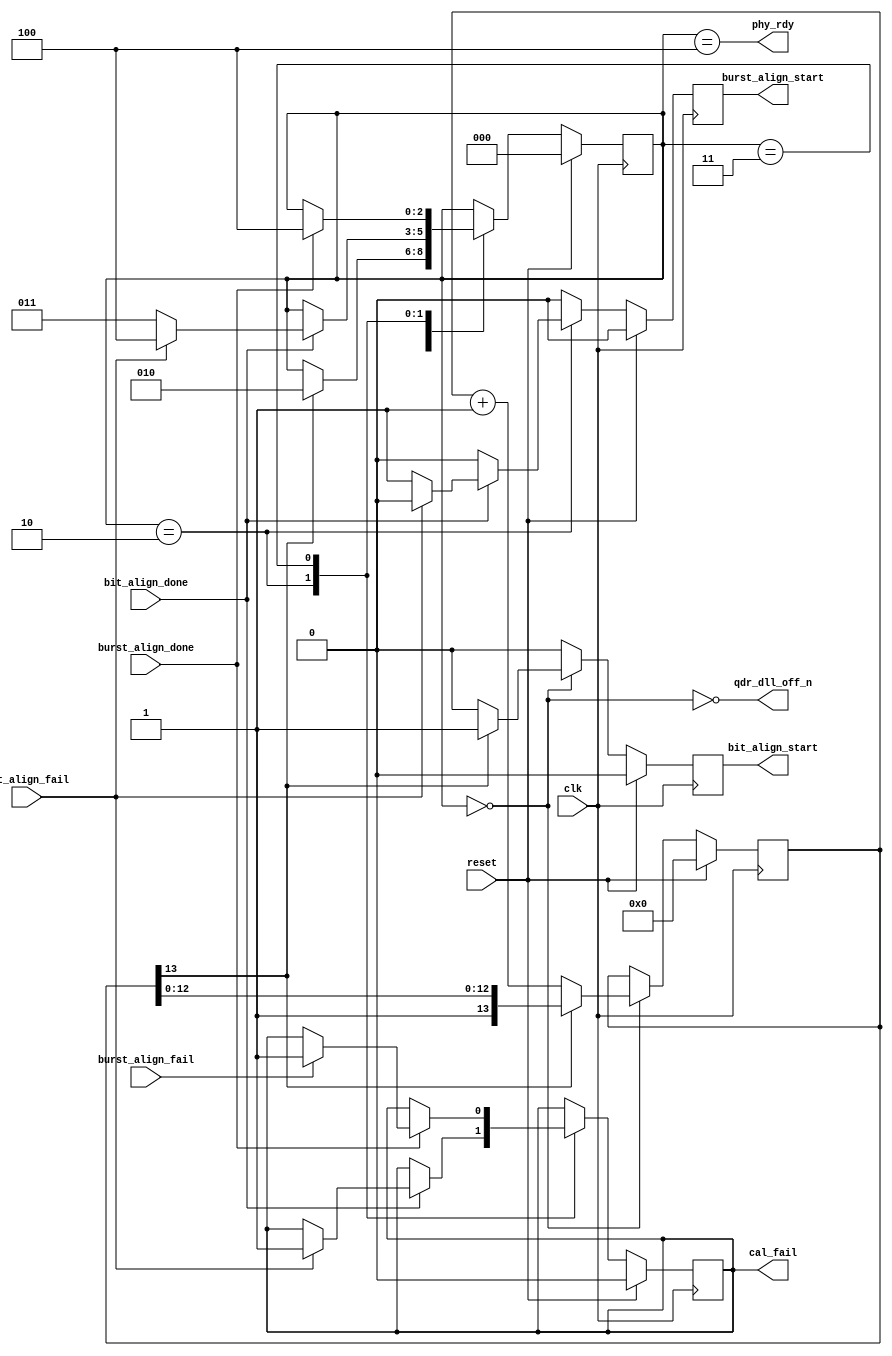
module qdrc_phy_sm(
    clk,
    reset,
    /* qdr_dll_off_n signal */
    qdr_dll_off_n,
    /* PHY status signals */
    phy_rdy,
    cal_fail,
    /* Bit and burst alignment signals */
    bit_align_start,
    bit_align_done,
    bit_align_fail,
    burst_align_start,
    burst_align_done,
    burst_align_fail
  );
  input  clk, reset;
  output qdr_dll_off_n;
  output phy_rdy, cal_fail;

  output bit_align_start;
  input  bit_align_done,   bit_align_fail;
  output burst_align_start;
  input  burst_align_done, burst_align_fail;

  reg [2:0] phy_state;

  localparam STATE_DLLOFF      = 3'd0;
  localparam STATE_WAIT        = 3'd1;
  localparam STATE_BIT_ALIGN   = 3'd2;
  localparam STATE_BURST_ALIGN = 3'd3;
  localparam STATE_DONE        = 3'd4;

  reg [13:0] wait_counter;
  /* qdr_dll_off needs to be deactivated for 2048 cycle after reset is
   * released
   */

  reg bit_align_start, burst_align_start;
  reg cal_fail;

  assign qdr_dll_off_n = !(phy_state == STATE_DLLOFF);
  assign phy_rdy       = phy_state == STATE_DONE;

  always @(posedge clk) begin
    /* Single Cycle Strobes */
    bit_align_start   <= 1'b0;
    burst_align_start <= 1'b0;

    if (reset) begin
      cal_fail     <= 1'b0;
      wait_counter <= 14'b0;
      phy_state    <= STATE_DLLOFF;
    end else begin
      case (phy_state)
        STATE_DLLOFF:      begin
          if (wait_counter[13] == 1'b1) begin
            phy_state    <= STATE_BIT_ALIGN;
            bit_align_start <= 1'b1;
          end else begin
            wait_counter <= wait_counter + 1;
          end
        end
        STATE_BIT_ALIGN:   begin
          if (bit_align_done) begin
            if (bit_align_fail) begin
              cal_fail  <= 1'b1;
              phy_state <= STATE_DONE;
            end else begin
              phy_state <= STATE_BURST_ALIGN;
              burst_align_start <= 1'b1;
            end
          end
        end
        STATE_BURST_ALIGN: begin
          if (burst_align_done) begin
            if (burst_align_fail) begin
              cal_fail  <= 1'b1;
            end
            phy_state <= STATE_DONE;
          end
        end
        STATE_DONE:        begin
        end
      endcase
    end
  end

endmodule